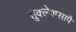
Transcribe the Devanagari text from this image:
शुक्लेशसापै